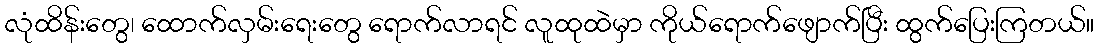
လုံထိန်းတွေ၊ ထောက်လှမ်းရေးတွေ ရောက်လာရင် လူထုထဲမှာ ကိုယ်ရောက်ဖျောက်ပြီး ထွက်ပြေးကြတယ်။